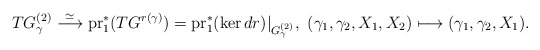
\begin{align*} TG^{(2)}_\gamma \overset{\simeq}{\longrightarrow} \mathrm{pr}_1^*(TG^{r(\gamma)})=\mathrm{pr}_1^*(\ker dr)|_{G^{(2)}_\gamma},\ (\gamma_1,\gamma_2,X_1,X_2)\longmapsto (\gamma_1,\gamma_2,X_1).\end{align*}